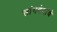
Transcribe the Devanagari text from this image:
सांगवेदांचे